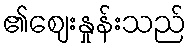
၏ဈေးနှုန်းသည်